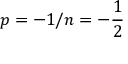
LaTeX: p = - 1 / n = - { \frac { 1 } { 2 } }